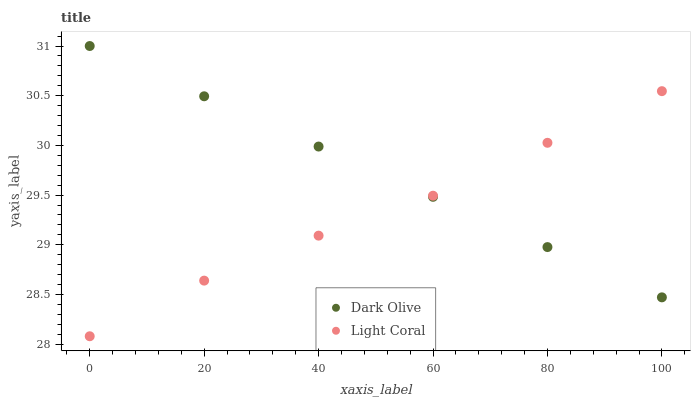
| xaxis_label | Dark Olive | Light Coral |
 | --- | --- | --- |
 | 0 | 31 | 28.1 |
 | 20 | 30.5 | 28.6 |
 | 40 | 30 | 29.1 |
 | 60 | 29.5 | 29.5 |
 | 80 | 29 | 30 |
 | 100 | 28.5 | 30.5 |